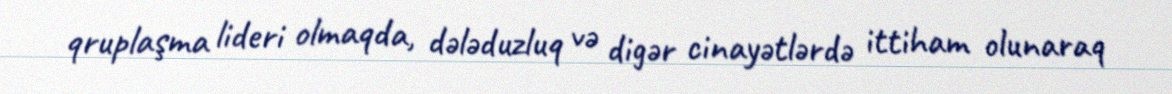
qruplaşma lideri olmaqda, dələduzluq və digər cinayətlərdə ittiham olunaraq